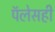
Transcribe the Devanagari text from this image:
पॅलेसही